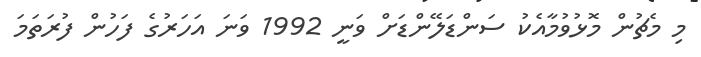
މި މެޗުން މޮޅުވުމާއެކު ސަންޑަލޭންޑަށް ވަނީ 1992 ވަނަ އަހަރުގެ ފަހުން ފުރަތަމަ